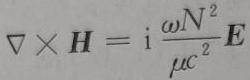
\nabla\times\boldsymbol{H}=\mathrm{i}\frac{\omega N^{2}}{\mu c^{2}}\boldsymbol{E}